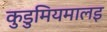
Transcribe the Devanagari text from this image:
कुडुमियमालइ